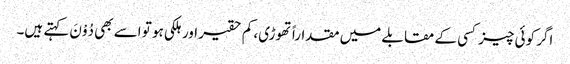
اگر کوئی چیز کسی کے مقابلے میں مقداراً تھوڑی، کم حقیر اور ہلکی ہو تو اسے بھی دُوْنَ کہتے ہیں۔